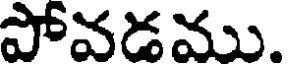
పోవడము.